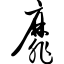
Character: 靡